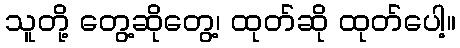
သူတို့ တွေ့ဆိုတွေ့၊ ထုတ်ဆို ထုတ်ပေါ့။